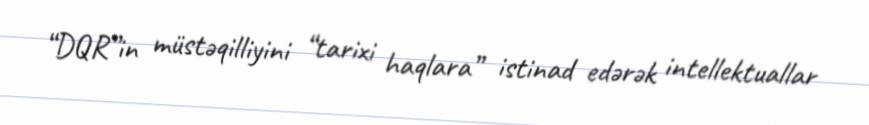
“DQR”in müstəqilliyini “tarixi haqlara” istinad edərək intellektuallar